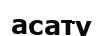
асату